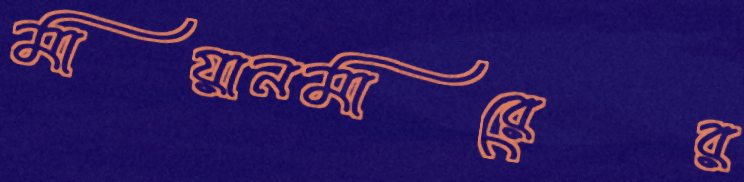
মায়ানমারের